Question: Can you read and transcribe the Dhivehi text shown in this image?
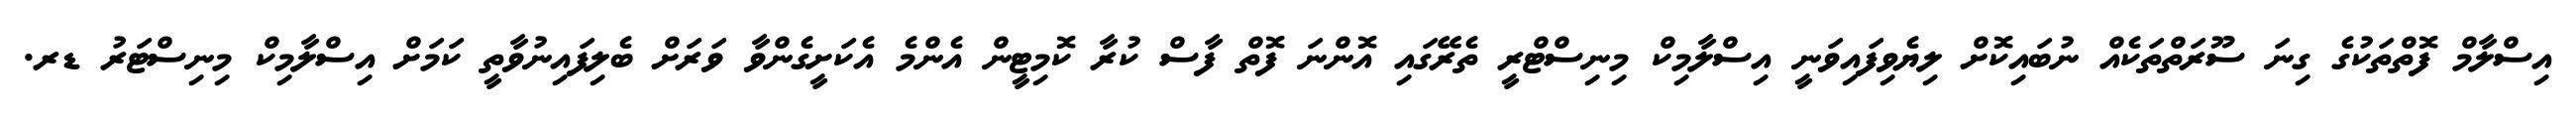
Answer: އިސްލާމް ފޮތްތަކުގެ ގިނަ ސޫރަތްތަކެއް ނުބައިކޮށް ލިޔެވިފައިވަނީ އިސްލާމިކް މިނިސްޓްރީ ތެރޭގައި އޮންނަ ފޮތް ފާސް ކުރާ ކޮމިޓީން އެންމެ އެކަށީގެންވާ ވަރަށް ބެލިފައިނުވާތީ ކަމަށް އިސްލާމިކް މިނިސްޓަރު ޑރ.